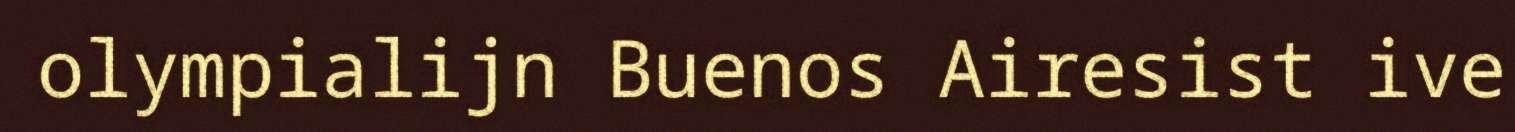
olympialijn Buenos Airesist ive